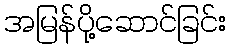
အမြန်ပို့ဆောင်ခြင်း